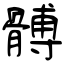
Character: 髆